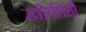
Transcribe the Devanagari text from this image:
खोकीही